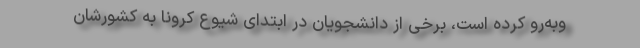
وبه‌رو کرده است، برخی از دانشجویان در ابتدای شیوع کرونا به کشورشان